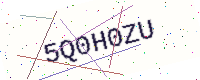
Text: 5Q0H0ZU